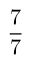
\frac { 7 } { 7 }